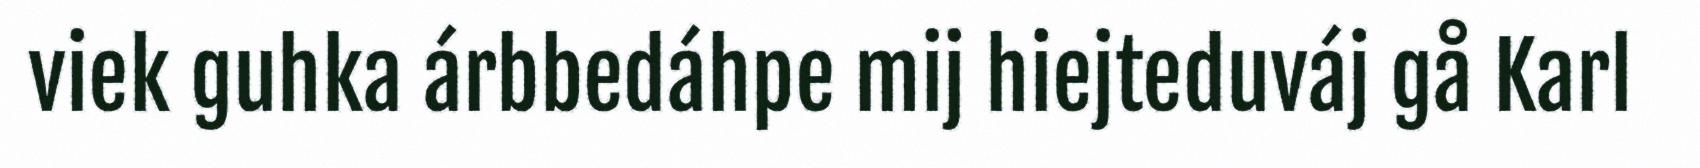
viek guhka árbbedáhpe mij hiejteduváj gå Karl